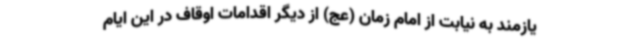
یازمند به نیابت از امام زمان (عج) از دیگر اقدامات اوقاف در این ایام